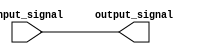
module assign_statement(
    input wire input_signal,
    output reg output_signal
);

    // Simple assign statement
    assign output_signal = input_signal;

endmodule